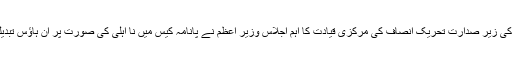
پانامہ جے آئی ٹی کی رپورٹ کہیں اور تیار ہوئی یہاں صرف دستخط ہوئے ہیں عمران خان کی زیر صدارت تحریک انصاف کی مرکزی قیادت کا اہم اجلاس وزیر اعظم نے پانامہ کیس میں نا اہلی کی صورت پر ان ہاؤس تبدیلی کی حامی بھر لی قومی ٹیم کے کھلاڑیوں کے منہ کو پیسہ لگ گیا، پیسے کم کیوں دیئے؟